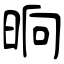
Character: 晌